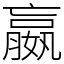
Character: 嬴